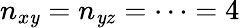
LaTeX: n_{x\mathit{y}}=n_{\mathit{y}z}=\cdots=4